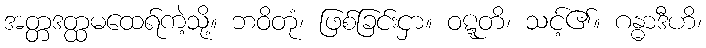
အတ္တဒတ္ထမထေရ်ကဲ့သို့။ ဘဝိတုံ၊ ဖြစ်ခြင်းငှာ။ ဝဋ္ဋတိ၊ သင့်၏။ ဂန္ဓာဒီဟိ၊